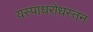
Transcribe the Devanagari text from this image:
यस्पाधरोधस्तन